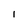
Character: 1